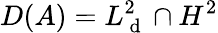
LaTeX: D(A)=L_{\mathrm{~d~}}^{2}\cap H^{2}